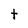
Character: t